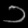
Digit: ၁